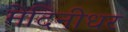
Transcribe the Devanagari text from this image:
मेदिनीधर